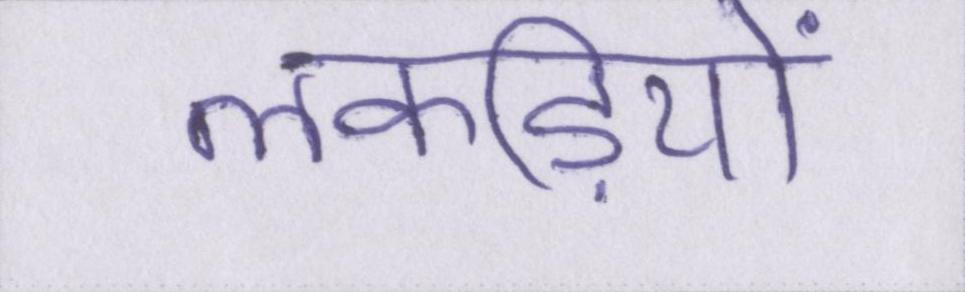
लकड़ियों